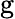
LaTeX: \mathrm{g}